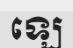
ឡេ